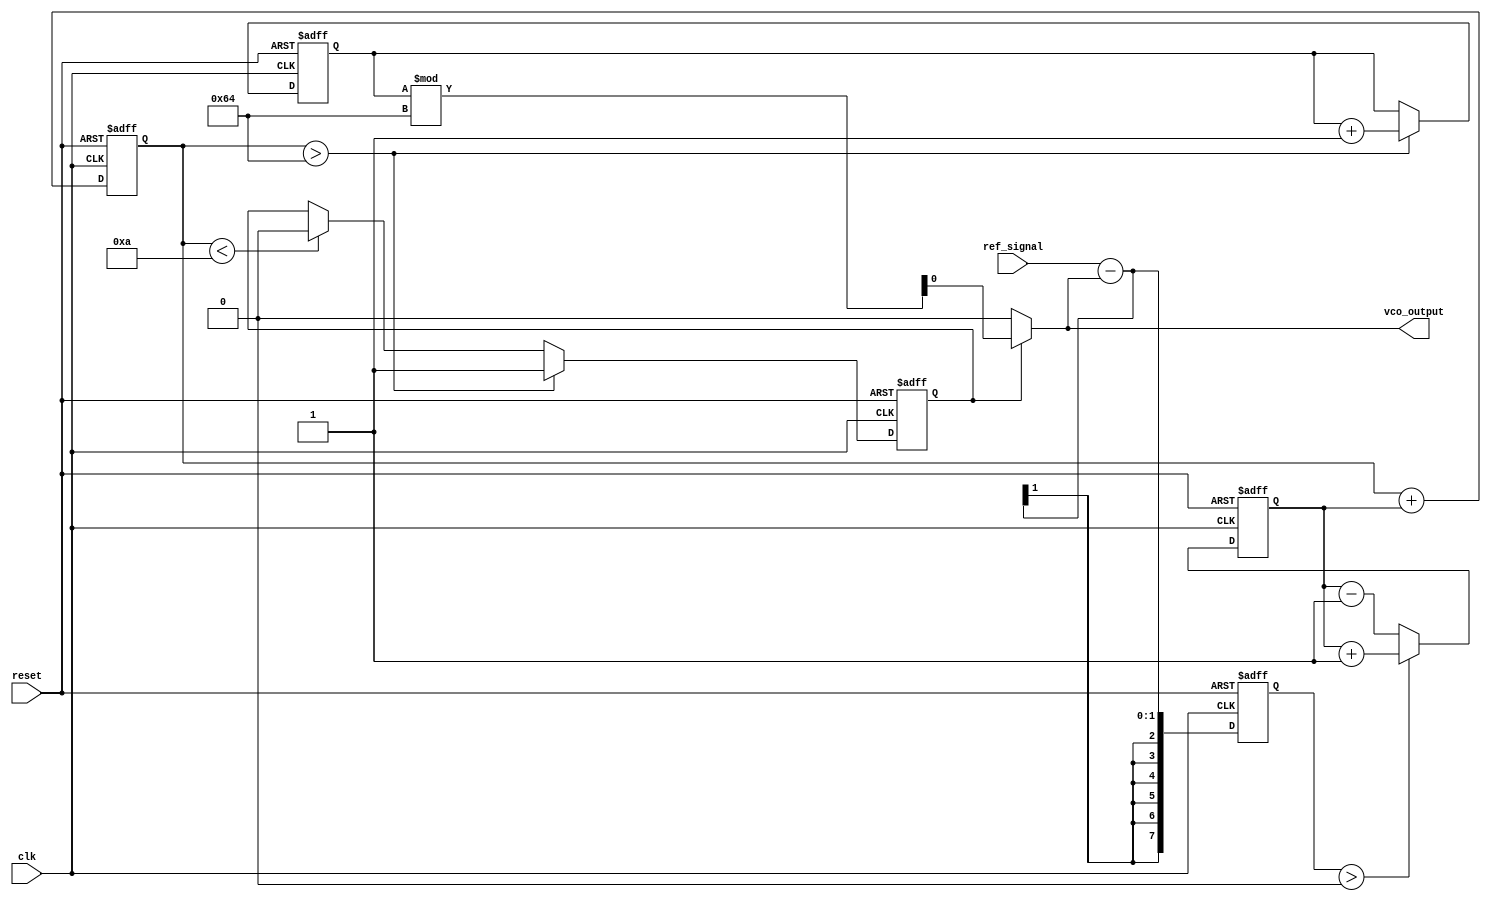
module sigma_delta_pll (
    input wire clk,                  // System clock
    input wire reset,                // Asynchronous reset
    input wire ref_signal,           // Reference signal input
    output wire vco_output           // VCO output frequency
);

// Parameters
parameter N = 8;                    // Bit width for the sigma-delta modulator
parameter VCO_MAX_FREQ = 100;      // Maximum frequency of VCO
parameter VCO_MIN_FREQ = 10;       // Minimum frequency of VCO

// Internal signals
reg [N-1:0] phase_error;            // Phase error signal
reg [N-1:0] sigma_delta_out;        // Output of sigma-delta modulator
reg [N-1:0] control_voltage;        // Control voltage for VCO
reg vco_enable;                     // VCO enable signal
reg [N-1:0] vco_count;              // VCO counter for frequency generation

// Sigma-Delta Modulator
always @(posedge clk or posedge reset) begin
    if (reset) begin
        sigma_delta_out <= 0;
        phase_error <= 0;
    end else begin
        // Phase error calculation (simple example)
        phase_error <= ref_signal - vco_output;

        // Sigma-Delta Modulation
        if (phase_error > 0) begin
            sigma_delta_out <= sigma_delta_out + 1;
        end else begin
            sigma_delta_out <= sigma_delta_out - 1;
        end
    end
end

// Loop Filter (Simple Integrator)
always @(posedge clk or posedge reset) begin
    if (reset) begin
        control_voltage <= 0;
    end else begin
        control_voltage <= control_voltage + sigma_delta_out; // Integrate the output
    end
end

// Voltage-Controlled Oscillator (VCO)
always @(posedge clk or posedge reset) begin
    if (reset) begin
        vco_count <= 0;
        vco_enable <= 0;
    end else begin
        // Control frequency based on control voltage
        if (control_voltage > VCO_MAX_FREQ) begin
            vco_enable <= 1; // Enable VCO
            vco_count <= vco_count + 1; // Increment VCO counter
        end else if (control_voltage < VCO_MIN_FREQ) begin
            vco_enable <= 0; // Disable VCO
        end
    end
end

// VCO Output Generation
assign vco_output = vco_enable ? (vco_count % VCO_MAX_FREQ) : 0;

endmodule